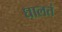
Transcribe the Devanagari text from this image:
घालतं